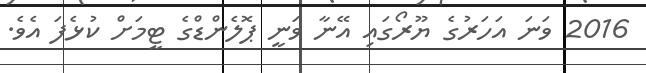
2016 ވަނަ އަހަރުގެ ޔޫރޯގައި އޭނާ ވަނީ ޕޮލެންޑްގެ ޓީމަށް ކުޅެފަ އެވެ.